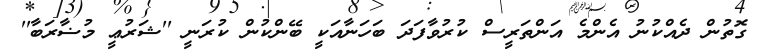
ގޮތުން ދެއްކުނު އެންމެ އަންތަރީސް ކުރުވާފަދަ ބަހަނާއަކީ ބޭންކުން ކުރަނީ ''ޝަރުޢީ މުޟާރަބާ''